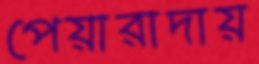
পেয়ারাদায়